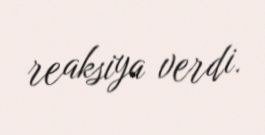
reaksiya verdi.